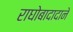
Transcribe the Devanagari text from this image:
राघोबादादाने